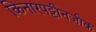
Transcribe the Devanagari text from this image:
किनारपट्टीनजीक